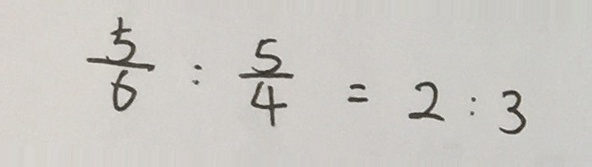
\frac { 5 } { 6 } : \frac { 5 } { 4 } = 2 : 3